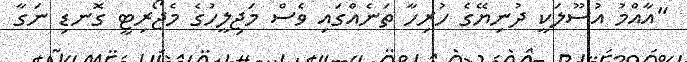
"އާއްމު އުސޫލަކީ ދުނިޔޭގެ ހުރިހާ ތަނެއްގައި ވެސް މަޖިލީހުގެ މެޖޯރިޓީ ގޮނޑި ނަގާ